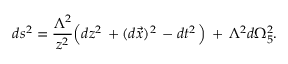
d s ^ { 2 } = \frac { \Lambda ^ { 2 } } { z ^ { 2 } } \Big ( d z ^ { 2 } \, + ( d \vec { x } ) ^ { 2 } \, - d t ^ { 2 } \, \Big ) \, + \, \Lambda ^ { 2 } d \Omega _ { 5 } ^ { 2 } .